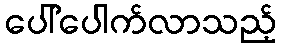
ပေါ်ပေါက်လာသည့်